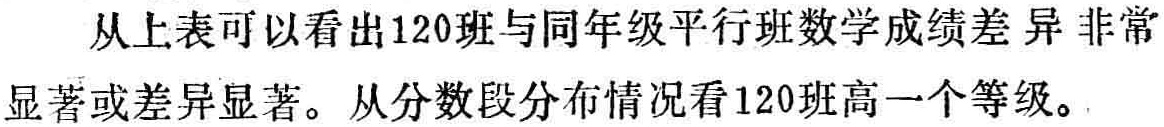
从上表可以看出120班与同年级平行班数学成绩差异非常显著或差异显著。从分数段分布情况看120班高一个等级。